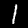
Label: 1